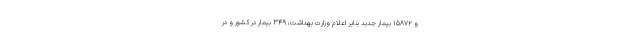
و ۱۵۸۷۲ بیمار جدبد بنابر اعلام وزارت بهداشت، ۳۴۹ بیمار در کشور و در